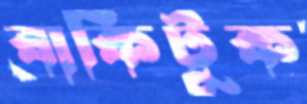
বাকিটুক